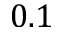
0 . 1